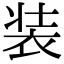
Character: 装